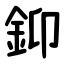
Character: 䤝